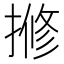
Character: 𫝽